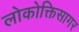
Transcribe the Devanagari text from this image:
लोकोक्तिसागर